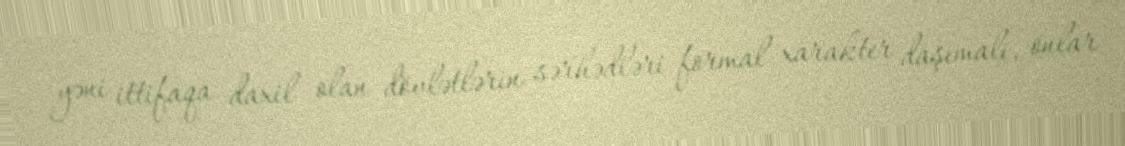
yəni ittifaqa daxil olan dövlətlərin sərhədləri formal xarakter daşımalı, onlar